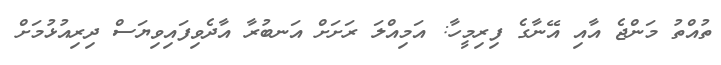
ތުއްތު މަންޖެ އާއި އޭނާގެ ފިރިމީހާ: އަމިއްލަ ރަށަށް އަނބުރާ އާދެވިފައިވިޔަސް ދިރިއުޅުމަށް